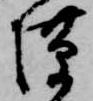
隙